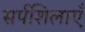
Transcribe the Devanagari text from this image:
सर्पशिलाएँ